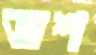
জশ